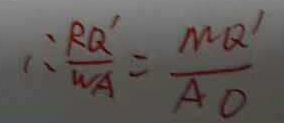
\therefore \frac { R Q ^ { \prime } } { W A } = \frac { M Q ^ { \prime } } { A O }